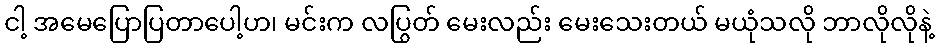
ငါ့ အမေပြောပြတာပေါ့ဟ၊ မင်းက လပြွတ် မေးလည်း မေးသေးတယ် မယုံသလို ဘာလိုလိုနဲ့